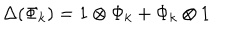
\Delta ( \Phi _ { k } ) = 1 \otimes \Phi _ { k } + \Phi _ { k } \otimes 1